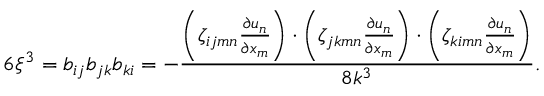
6 \xi ^ { 3 } = b _ { i j } b _ { j k } b _ { k i } = - \frac { \left( \zeta _ { i j m n } \frac { \partial u _ { n } } { \partial x _ { m } } \right) \cdot \left( \zeta _ { j k m n } \frac { \partial u _ { n } } { \partial x _ { m } } \right) \cdot \left( \zeta _ { k i m n } \frac { \partial u _ { n } } { \partial x _ { m } } \right) } { 8 k ^ { 3 } } .